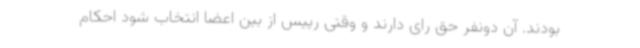
بودند. آن دونفر حق رای دارند و وقتی رییس از بین اعضا انتخاب شود احکام